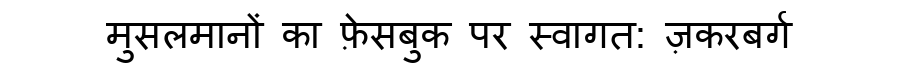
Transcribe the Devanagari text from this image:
मुसलमानों का फ़ेसबुक पर स्वागत: ज़करबर्ग